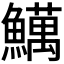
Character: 𫙽